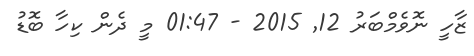
ޒާހީ ނޮވެމްބަރު 12